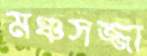
মঞ্চসজ্জা